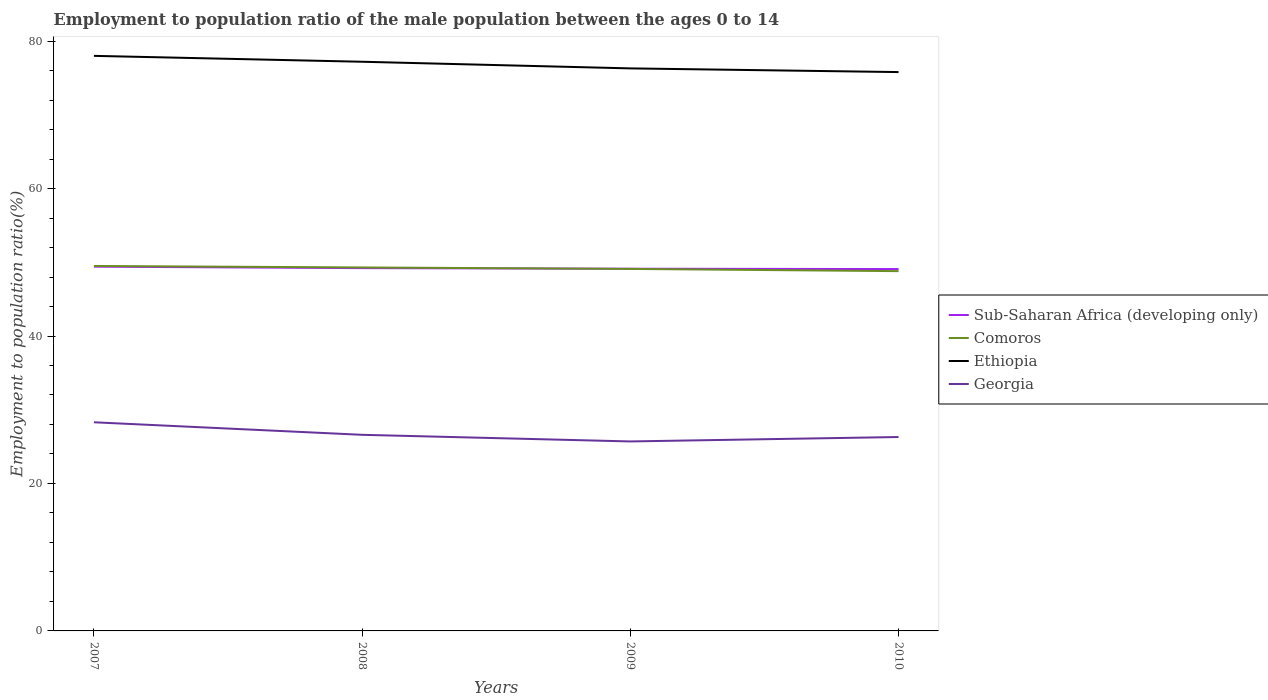
| Years | Sub-Saharan Africa (developing only) | Comoros | Ethiopia | Georgia |
 | --- | --- | --- | --- | --- |
 | 2007 | 49.4 | 49.5 | 78 | 28.3 |
 | 2008 | 49.2 | 49.3 | 77.2 | 26.6 |
 | 2009 | 49.1 | 49.1 | 76.3 | 25.7 |
 | 2010 | 49.1 | 48.8 | 75.8 | 26.3 |